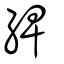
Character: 綼